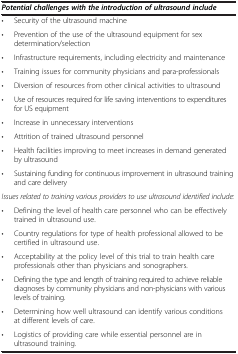
| <COLSPAN=2> Potential challenges with the introduction of ultrasound include |
 | --- | --- |
 | • | Security of the ultrasound machine |
 | • | Prevention of the use of the ultrasound equipment for sex determination/selection |
 | • | Infrastructure requirements, including electricity and maintenance |
 | • | Training issues for community physicians and para-professionals |
 | • | Diversion of resources from other clinical activities to ultrasound |
 | • | Use of resources required for life saving interventions to expenditures for US equipment |
 | • | Increase in unnecessary interventions |
 | • | Attrition of trained ultrasound personnel |
 | • | Health facilities improving to meet increases in demand generated by ultrasound |
 | • | Sustaining funding for continuous improvement in ultrasound training and care delivery |
 | <COLSPAN=2> Issues related to training various providers to use ultrasound identified include: |
 | • | Defining the level of health care personnel who can be effectively trained in ultrasound use. |
 | • | Country regulations for type of health professional allowed to be certified in ultrasound use. |
 | • | Acceptability at the policy level of this trial to train health care professionals other than physicians and sonographers. |
 | • | Defining the type and length of training required to achieve reliable diagnoses by community physicians and non-physicians with various levels of training. |
 | • | Determining how well ultrasound can identify various conditions at different levels of care. |
 | • | Logistics of providing care while essential personnel are in ultrasound training. |